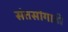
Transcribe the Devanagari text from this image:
संतसांगाती